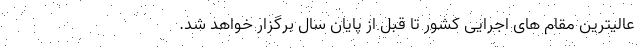
عالیترین مقام های اجرایی کشور تا قبل از پایان سال برگزار خواهد شد.